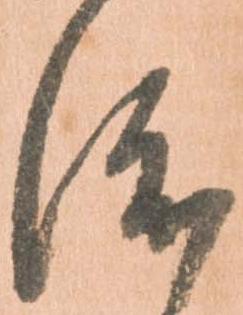
渡